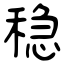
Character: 稳